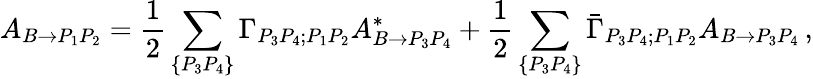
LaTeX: A_{B\to P_{1}P_{2}}={\frac{1}{2}}\sum_{\{ P_{3}P_{4}\} }\Gamma_{P_{3}P_{4};P_{1}P_{2}}A_{B\to P_{3}P_{4}}^{*}+{\frac{1}{2}}\sum_{\{ P_{3}P_{4}\} }\bar{\Gamma}_{P_{3}P_{4};P_{1}P_{2}}A_{B\to P_{3}P_{4}}\, ,